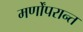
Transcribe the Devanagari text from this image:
मर्णोंपरान्त